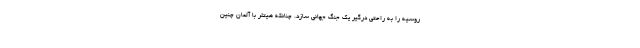
روسیه را به راحتی درگیر یک جنگ جهانی سازد. چنانکه هیتلر با آلمان چنین